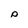
Character: p